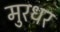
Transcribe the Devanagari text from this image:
मुरधर